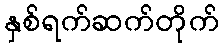
နှစ်ရက်ဆက်တိုက်